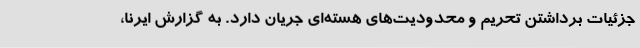
جزئیات برداشتن تحریم و محدودیت‌های هسته‌ای جریان دارد. به گزارش ایرنا،